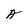
Character: A